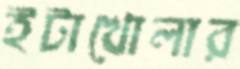
ইটাখোলার